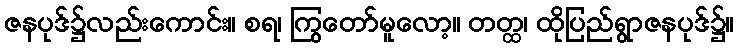
ဇနပုဒ်၌လည်းကောင်း။ စရ၊ ကြွတော်မူလော့။ တတ္ထ၊ ထိုပြည်ရွာဇနပုဒ်၌။